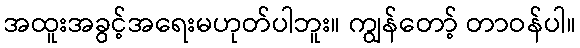
အထူးအခွင့်အရေးမဟုတ်ပါဘူး။ ကျွန်တော့် တာဝန်ပါ။